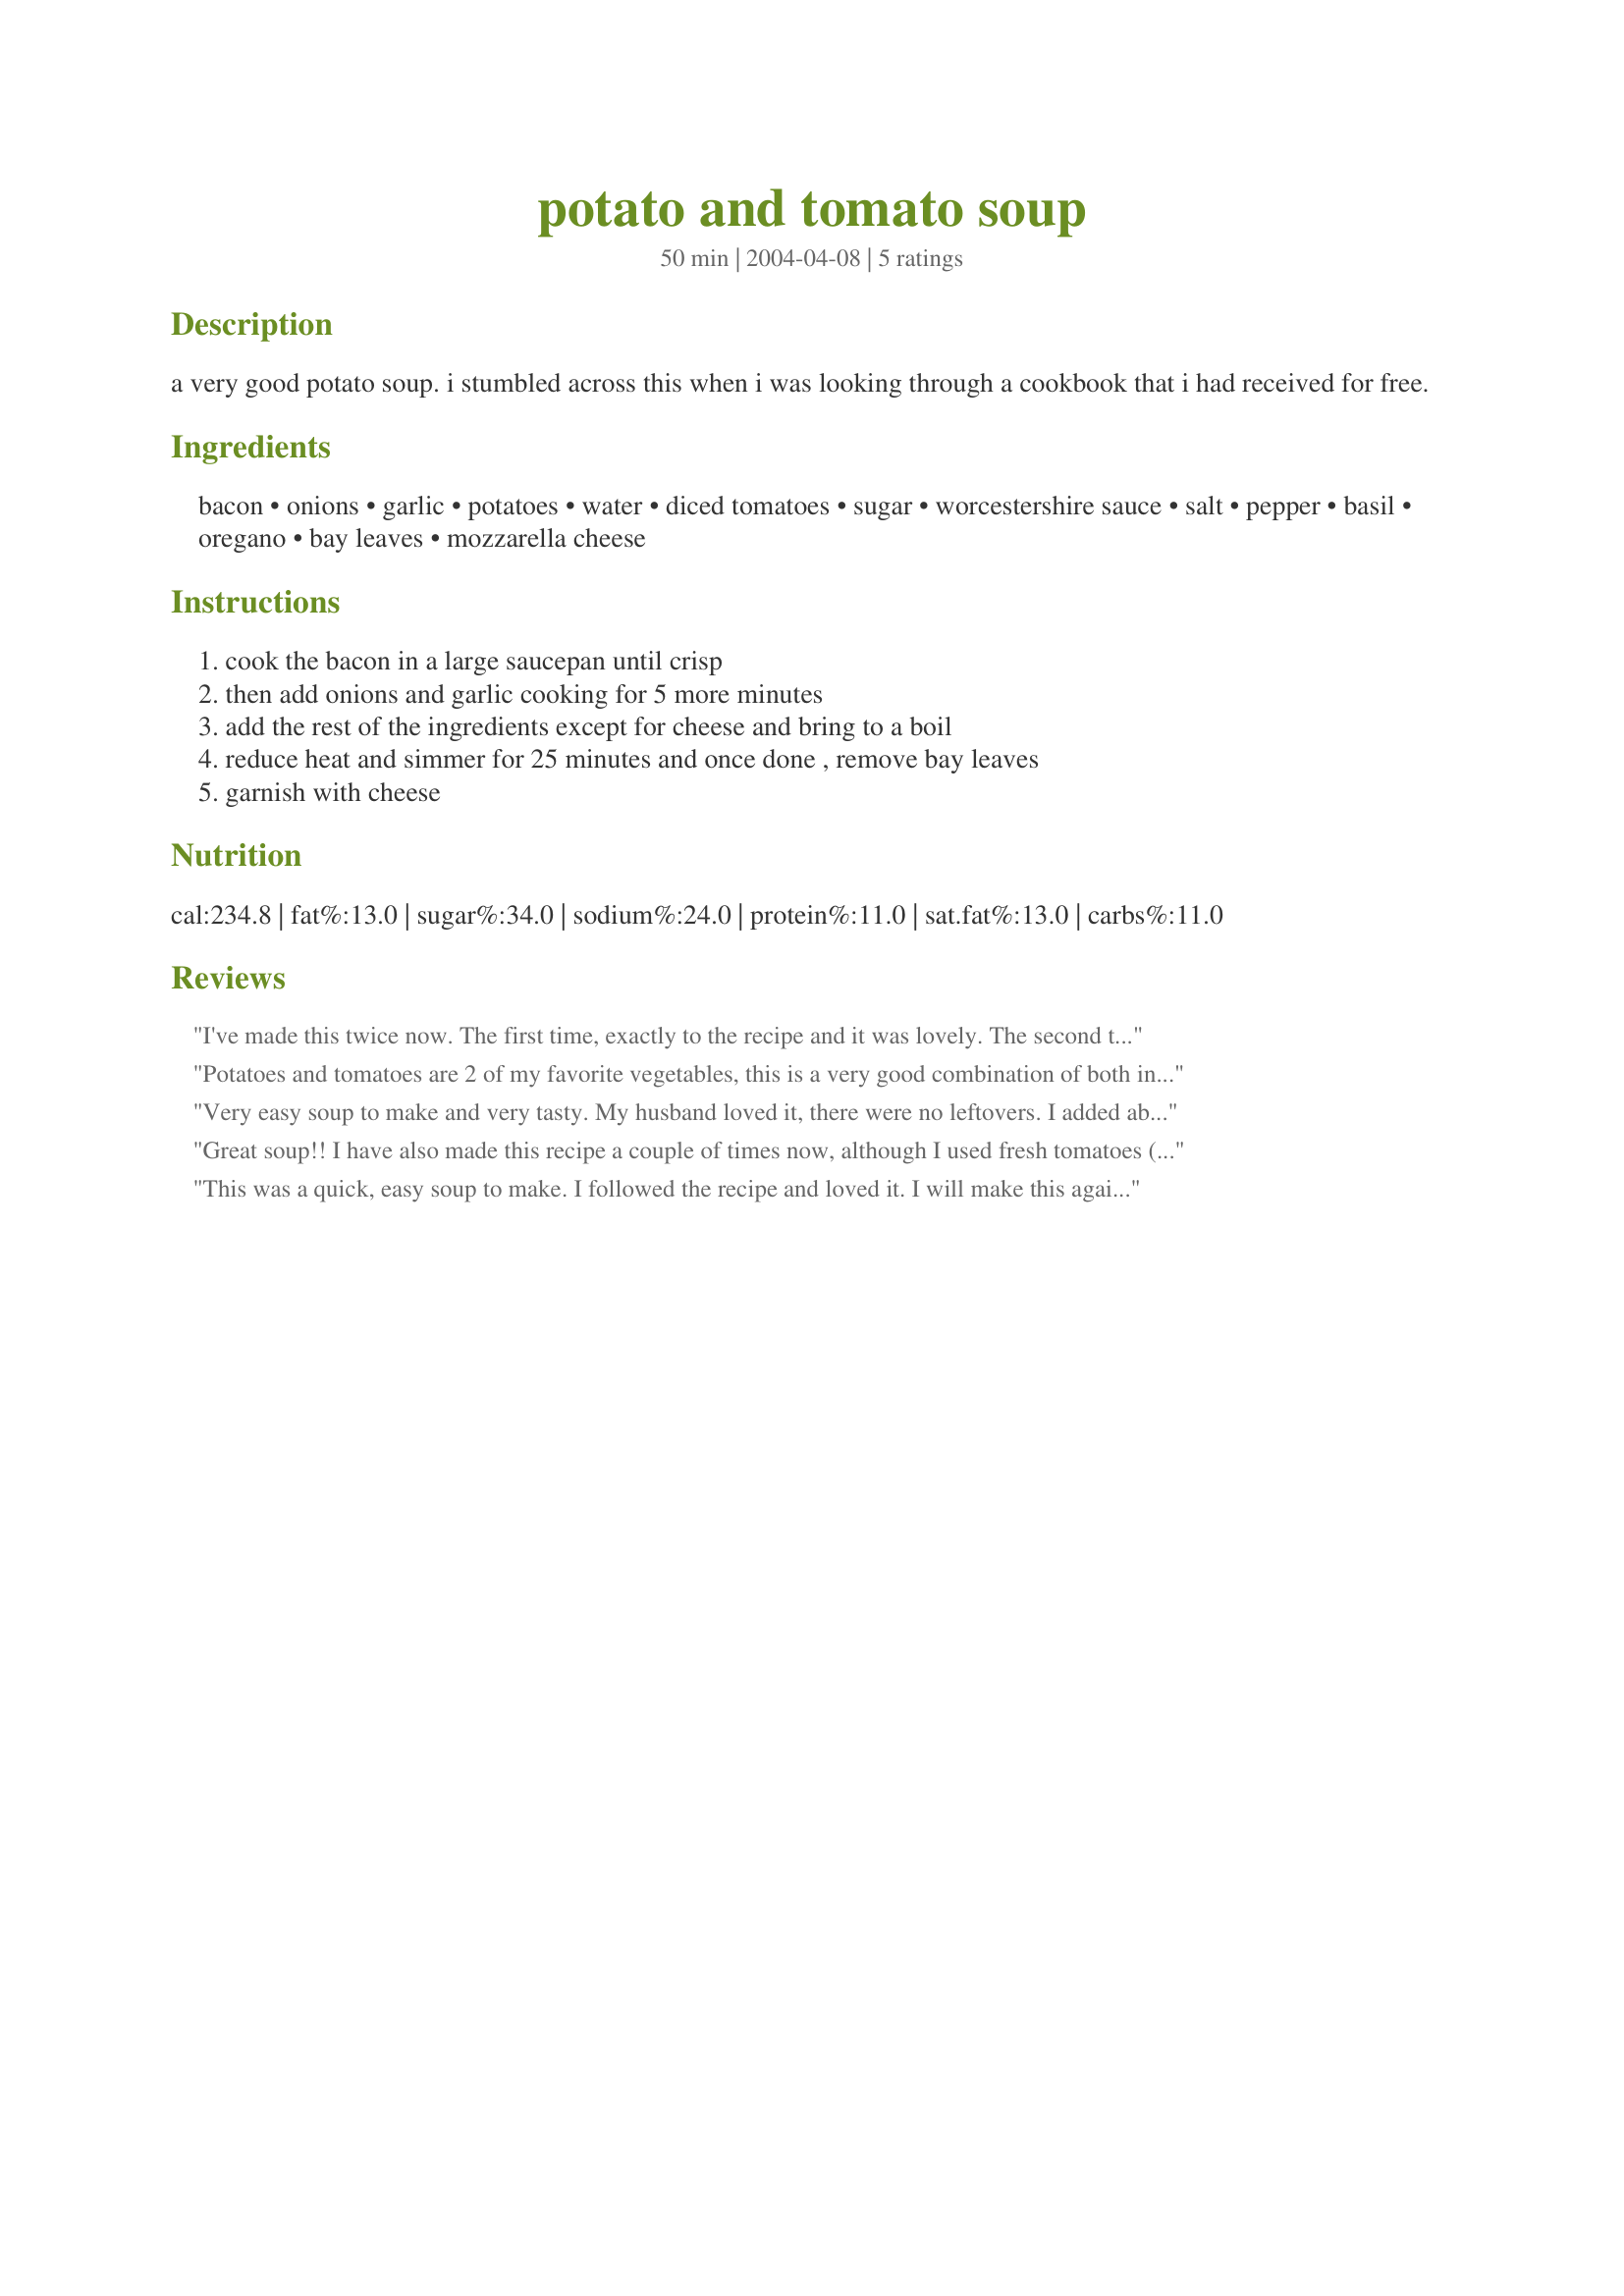
potato and tomato soup
Preparation time: 50 minutes

a very good potato soup. i stumbled across this when i was looking through a cookbook that i had received for free.

Ingredients:
bacon, onions, garlic, potatoes, water, diced tomatoes, sugar, worcestershire sauce, salt, pepper, basil, oregano, bay leaves, mozzarella cheese

Steps:
cook the bacon in a large saucepan until crisp, then add onions and garlic cooking for 5 more minutes, add the rest of the ingredients except for cheese and bring to a boil, reduce heat and simmer for 25 minutes and once done , remove bay leaves, garnish with cheese

Reviews:
I've made this twice now. The first time, exactly to the recipe and it was lovely. The second time, to thicken it up, I added pearl barley, canneloni beans and spirali pasta. Tasted great and was a meal by itself.
Potatoes and tomatoes are 2 of my favorite vegetables, this is a very good combination of both in a soup. Yummy flavor! I added a little more Worcestershire than called for because I like the flavor so much. Thanks for sharing this recipe!
Very easy soup to make and very tasty. My husband loved it, there were no leftovers. I added about 1/2 to 3/4 cup of half & half to make it creamy and it was delicious. For the creamy version the only thing I would change for next time is to put the basil & oregano in a bouquet garnis so the soup doesn't have the seasoning specks on it.
Great soup!! I have also made this recipe a couple of times now, although I used fresh tomatoes (blanched to remove the skins) and omitted the sugar. I like to leave the skins on the potatoes, though, and only used 1 onion.

Note to ~Shellbelle73~:
A tomato is NOT a vegetable, but actually a member of the citrus family... Meow!!
This was a quick, easy soup to make. I followed the recipe and loved it. I will make this again. Thanks Miss Diggy
